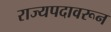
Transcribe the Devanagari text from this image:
राज्यपदावरून